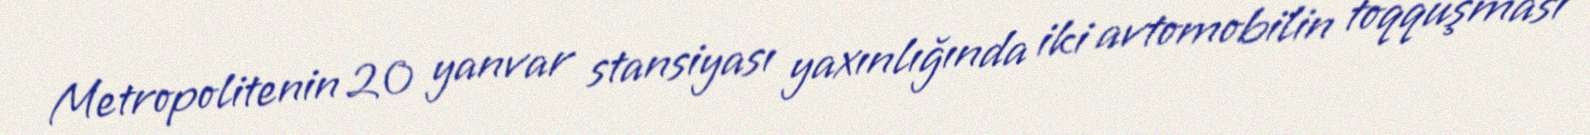
Metropolitenin 20 yanvar stansiyası yaxınlığında iki avtomobilin toqquşması